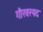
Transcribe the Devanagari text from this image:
गौरवस्पद